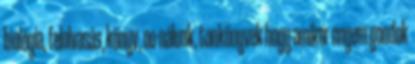
biológia, felolvasás, könyv, oo-nálunk, tankönyvek hogy amikor engem gondok